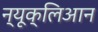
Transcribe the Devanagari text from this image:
न्यूक्लिआन